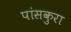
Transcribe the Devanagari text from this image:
पांसकुरा